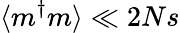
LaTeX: \langle m^{\dagger}m\rangle\ll 2Ns